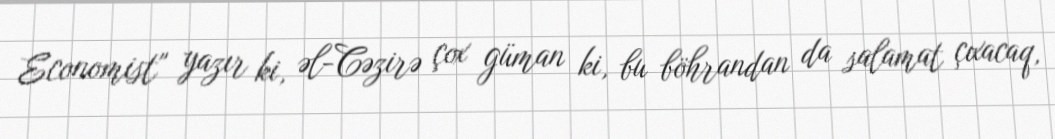
Economist" yazır ki, əl-Cəzirə çox güman ki, bu böhrandan da salamat çıxacaq,